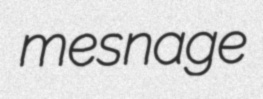
mesnage